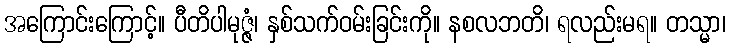
အကြောင်းကြောင့်။ ပီတိပါမုဇ္ဇံ၊ နှစ်သက်ဝမ်းခြင်းကို။ နစလဘတိ၊ ရလည်းမရ။ တသ္မာ၊